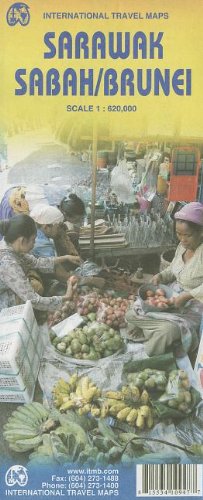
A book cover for Sarawak, Brunei, and Sabah Travel Reference Map 1:620,000 (International Travel Maps); International Travel maps; Travel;